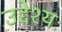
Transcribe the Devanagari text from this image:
उद्देश्यः